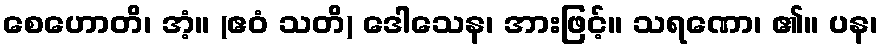
စေဟောတိ၊ အံ့။ (ဧဝံ သတိ) ဒေါသေန၊ အားဖြင့်။ သရဏော၊ ၏။ ပန၊